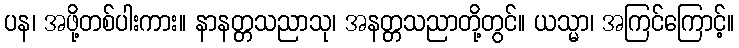
ပန၊ အဖို့တစ်ပါးကား။ နာနတ္တသညာသု၊ အနတ္တသညာတို့တွင်။ ယသ္မာ၊ အကြင်ကြောင့်။